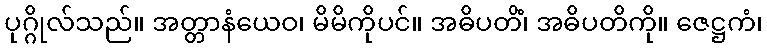
ပုဂ္ဂိုလ်သည်။ အတ္တာနံယေဝ၊ မိမိကိုပင်။ အဓိပတိံ၊ အဓိပတိကို။ ဇေဋ္ဌကံ၊